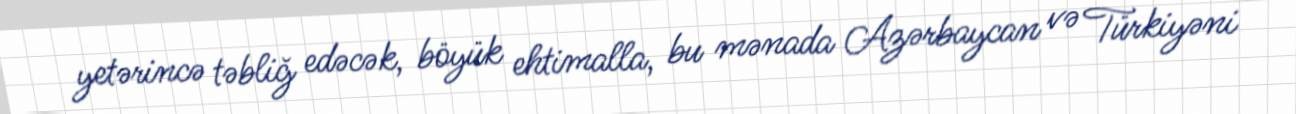
yetərincə təbliğ edəcək, böyük ehtimalla, bu mənada Azərbaycan və Türkiyəni